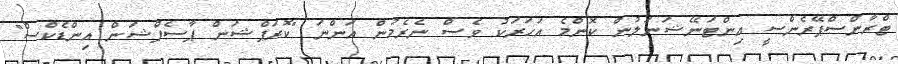
ޓްރާންސްޕޭރެންސީ އިންޓަނޭޝަނަލުން ކޮންމެ އަހަރަކު ވެސް ނެރެމުން އަންނަ "ކޮރަޕްޝަން ޕާސެޕްޝަން އިންޑެކްސް"